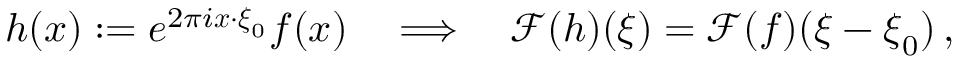
h ( \boldsymbol { x } ) : = e ^ { 2 \pi i \boldsymbol { x } \cdot \boldsymbol { \xi } _ { 0 } } f ( \boldsymbol { x } ) \quad \Longrightarrow \quad \mathcal { F } ( h ) ( \boldsymbol { \xi } ) = \mathcal { F } ( f ) ( \boldsymbol { \xi } - \boldsymbol { \xi } _ { 0 } ) \, ,